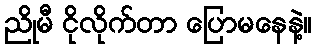
ညိုမီ ငိုလိုက်တာ ပြောမနေနဲ့။